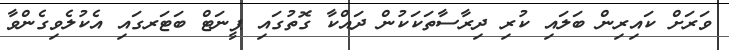
ވަރަށް ކައިރިން ބަލައި ކުރި ދިރާސާތަކަކުން ދައްކާ ގޮތުގައި ޕީނަޓް ބަޓަރގައި އެކުލެވިގެންވާ